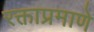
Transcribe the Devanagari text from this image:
रक्ताप्रमाणे